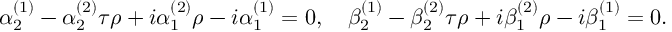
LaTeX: \alpha _ { 2 } ^ { ( 1 ) } - \alpha _ { 2 } ^ { ( 2 ) } \tau \rho + i \alpha _ { 1 } ^ { ( 2 ) } \rho - i \alpha _ { 1 } ^ { ( 1 ) } = 0 , \ \ \ \beta _ { 2 } ^ { ( 1 ) } - \beta _ { 2 } ^ { ( 2 ) } \tau \rho + i \beta _ { 1 } ^ { ( 2 ) } \rho - i \beta _ { 1 } ^ { ( 1 ) } = 0 .